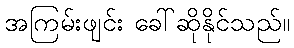
အကြမ်းဖျင်း ခေါ်ဆိုနိုင်သည်။